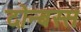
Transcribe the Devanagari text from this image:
दोन्बस्स